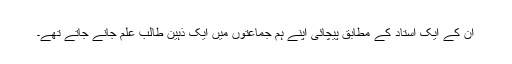
ان کے ایک استاد کے مطابق پیچائی اپنے ہم جماعتوں میں ایک ذہین طالب علم جانے جاتے تھے۔